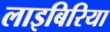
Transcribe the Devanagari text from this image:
लाइबिरिया